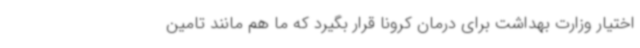
اختیار وزارت بهداشت برای درمان کرونا قرار بگیرد که ما هم مانند تامین